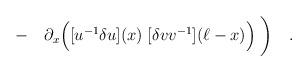
LaTeX: \begin{align*}\qquad -\quad\partial_x \Bigl([u^{-1}\delta u](x) \; [\delta v v^{-1}](\ell -x)\Bigr) \; \biggr) \quad .\end{align*}